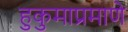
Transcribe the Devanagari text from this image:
हुकुमाप्रमाणे